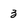
Character: 3